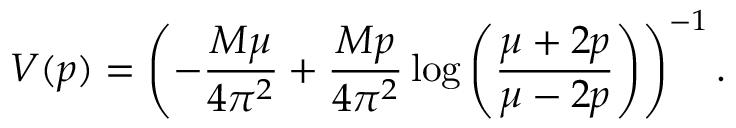
V ( p ) = \left( - \frac { M \mu } { 4 \pi ^ { 2 } } + \frac { M p } { 4 \pi ^ { 2 } } \log \left( \frac { \mu + 2 p } { \mu - 2 p } \right) \right) ^ { - 1 } .